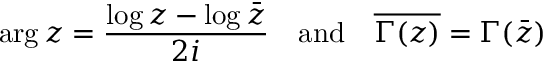
\arg z = { \frac { \log z - \log { \bar { z } } } { 2 i } } \quad { \mathrm { a n d } } \quad { \overline { { \Gamma ( z ) } } } = \Gamma ( { \bar { z } } )